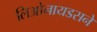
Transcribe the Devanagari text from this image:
लिओनायडसने